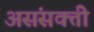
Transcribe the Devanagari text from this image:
असंसक्ती